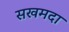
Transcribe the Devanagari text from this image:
सखमदा